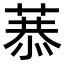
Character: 𦷧